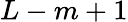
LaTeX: L-m+1